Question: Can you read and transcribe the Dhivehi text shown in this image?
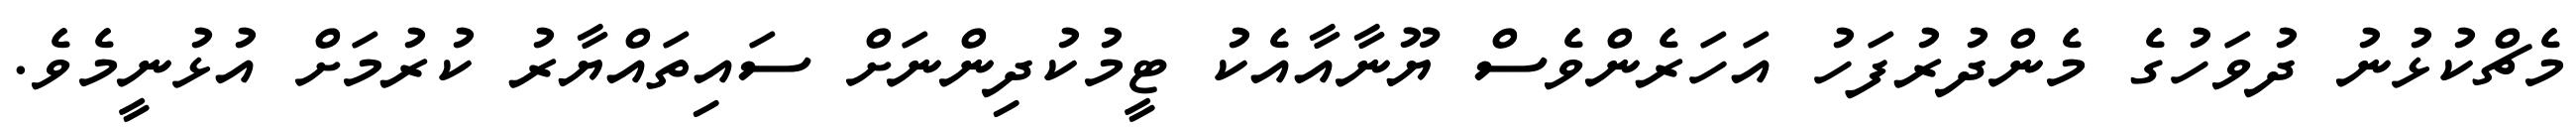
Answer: މެޗްކުޅުނު ދުވަހުގެ މެންދުރުފަހު އަހަރެންވެސް ޔޫނާއާއެކު ޓީމުކުދިންނަށް ސައިތައްޔާރު ކުރުމަށް އުޅުނީމެވެ.